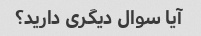
آیا سوال دیگری دارید؟